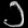
Digit: ၁